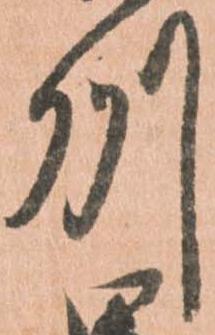
州